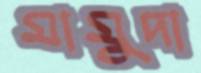
মামুদা